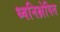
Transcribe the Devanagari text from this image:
ध्वनिक्षेपित